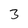
Character: 3